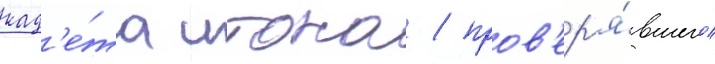
кад'е́та итона / пров'ер'я́вшего